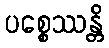
ပစ္စေဿန္တိ